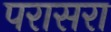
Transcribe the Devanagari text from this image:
परासरा